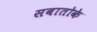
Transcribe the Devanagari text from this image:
सबातोके